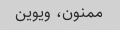
ممنون، ویوین